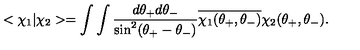
< \chi _ { 1 } | \chi _ { 2 } > = \int \int \frac { d \theta _ { + } d \theta _ { - } } { \sin ^ { 2 } ( \theta _ { + } - \theta _ { - } ) } \overline { { \chi _ { 1 } ( \theta _ { + } , \theta _ { - } ) } } \chi _ { 2 } ( \theta _ { + } , \theta _ { - } ) .